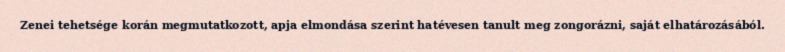
Zenei tehetsége korán megmutatkozott, apja elmondása szerint hatévesen tanult meg zongorázni, saját elhatározásából.